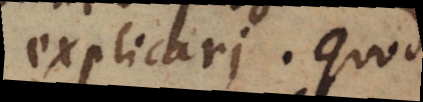
explicari. Quod